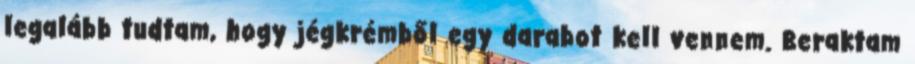
legalább tudtam, hogy jégkrémből egy darabot kell vennem. Beraktam